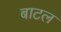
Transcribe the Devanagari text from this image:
बाटल